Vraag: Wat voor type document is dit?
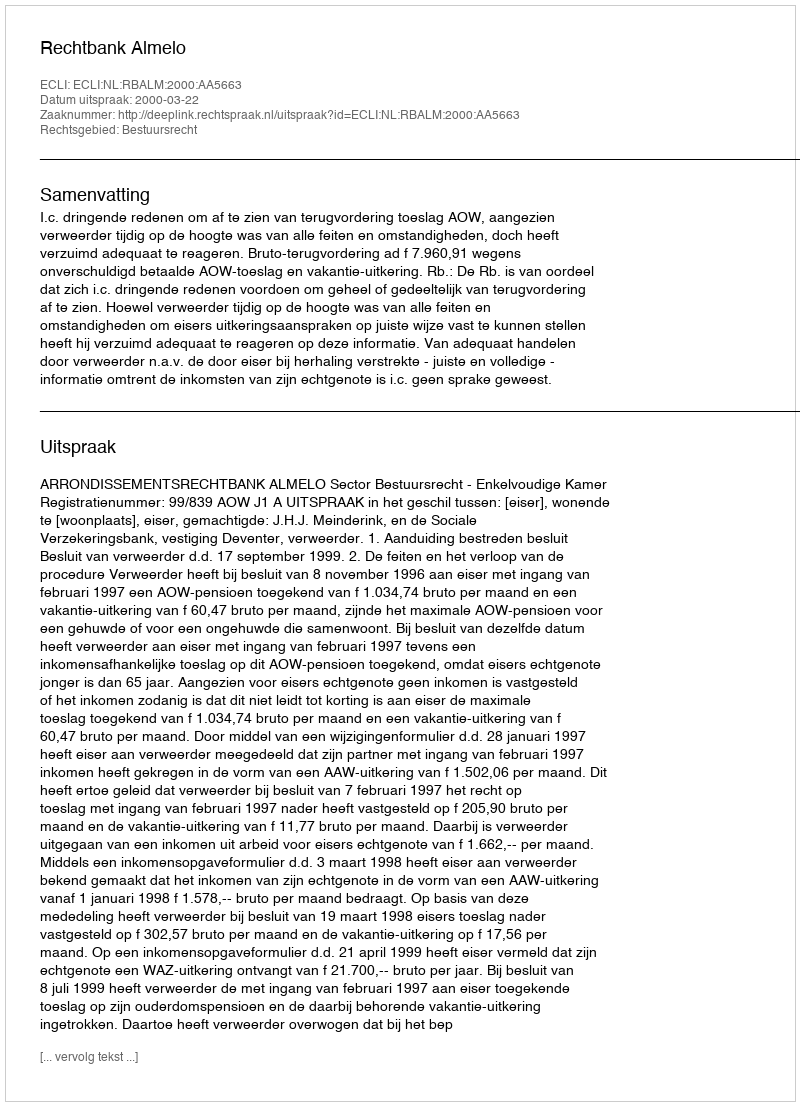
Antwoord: Uitspraak